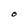
Character: O